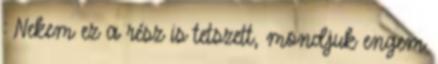
: Nekem ez a rész is tetszett, mondjuk engem